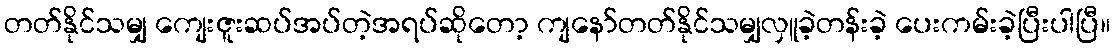
တတ်နိုင်သမျှ ကျေးဇူးဆပ်အပ်တဲ့အရပ်ဆိုတော့ ကျနော်တတ်နိုင်သမျှလှူခဲ့တန်းခဲ့ ပေးကမ်းခဲ့ပြီးပါပြီ။